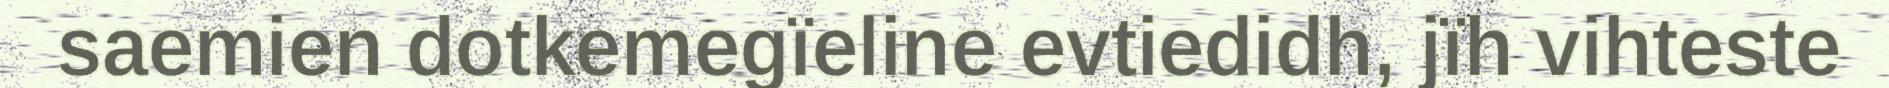
saemien dotkemegïeline evtiedidh, jïh vihteste